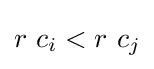
r\ c_{i}<r\ c_{j}